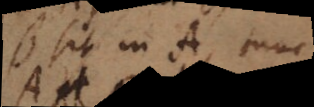
B sit in A, tunc